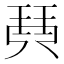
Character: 𤦡